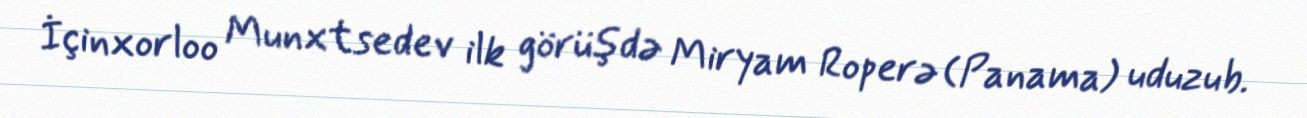
İçinxorloo Munxtsedev ilk görüşdə Miryam Roperə (Panama) uduzub.